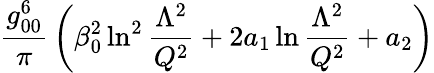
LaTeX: {\frac{g_{00}^{6}}{\pi}}\left(\beta_{0}^{2}\ln^{2}{\frac{\Lambda^{2}}{Q^{2}}}+2a_{1}\ln{\frac{\Lambda^{2}}{Q^{2}}}+a_{2}\right)